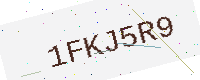
Text: 1FKJ5R9